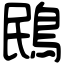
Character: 鴖